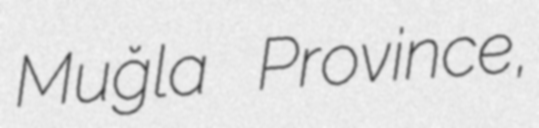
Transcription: Muğla Province,